65_HS1-834228961_62-HQ-83894_Section_3
Agency: FBI
Page 31
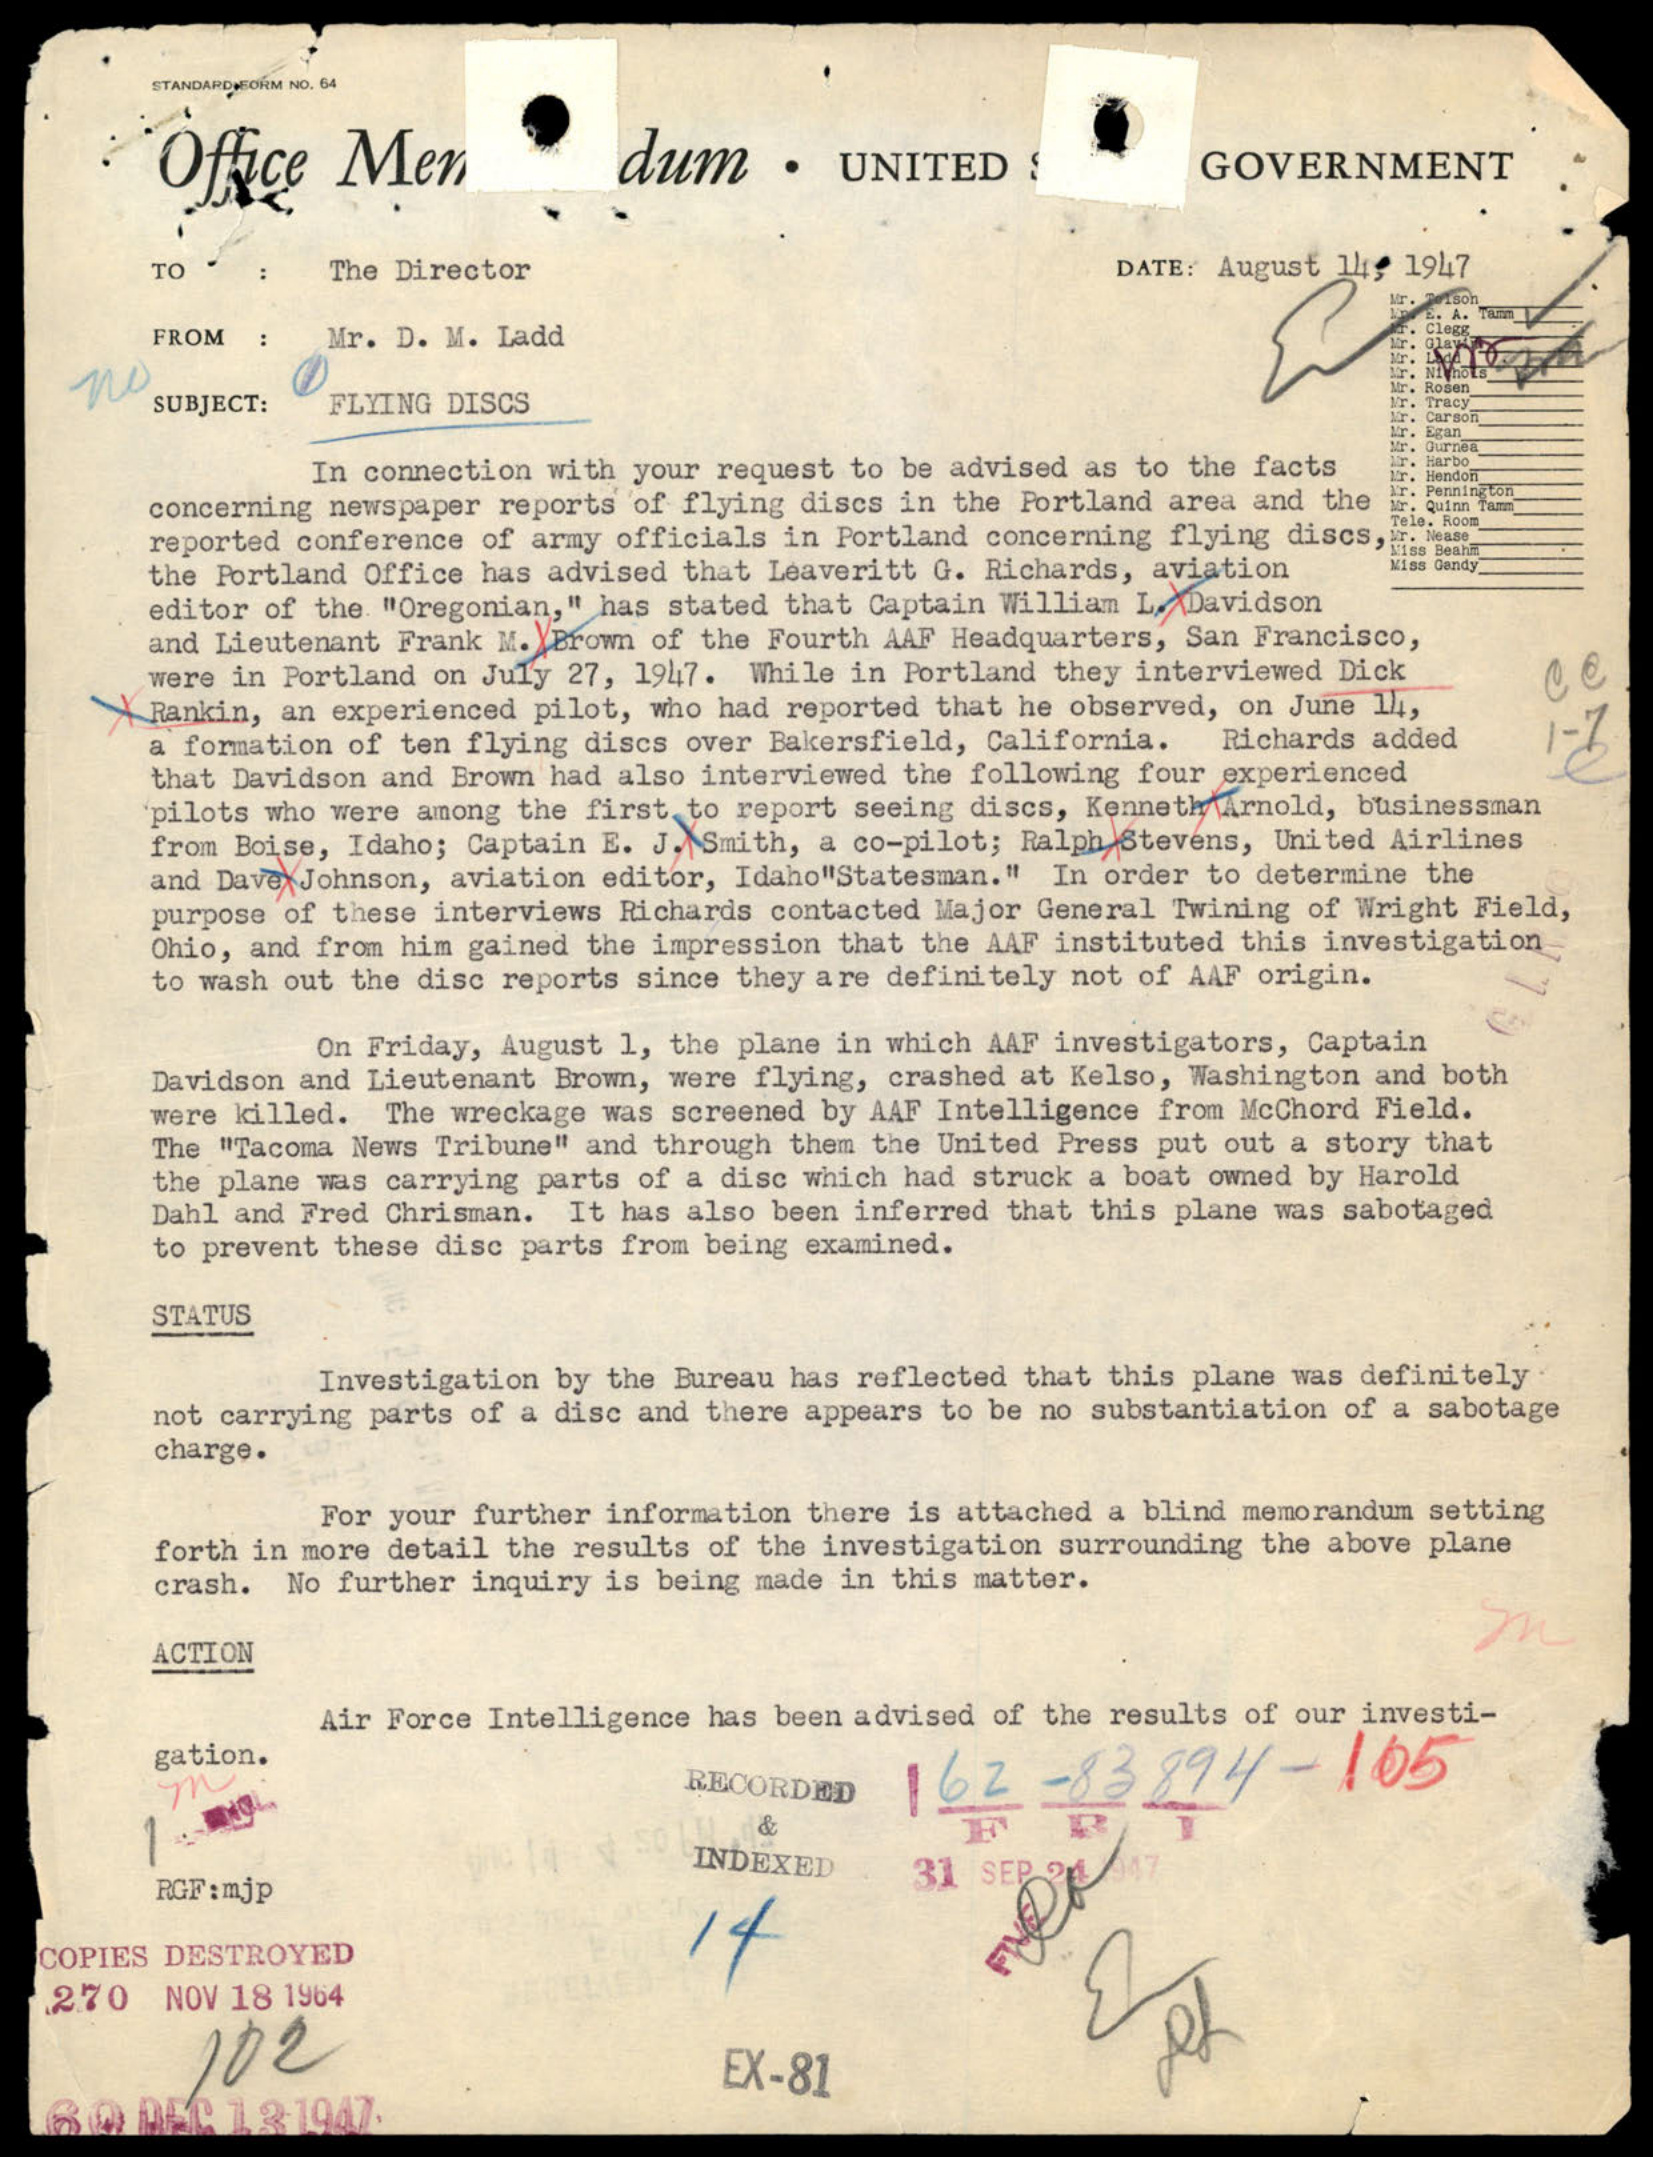